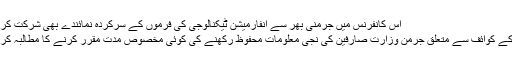
اس کانفرنس میں جرمنی بھر سے انفارمیشن ٹیکنالوجی کی فرموں کے سرکردہ نمائندے بھی شرکت کر رہے ہیں
صارفین کے کوائف سے متعلق جرمن وزارت صارفین کی نجی معلومات محفوظ رکھنے کی کوئی مخصوص مدت مقرر کرنے کا مطالبہ کر رہی ہے۔